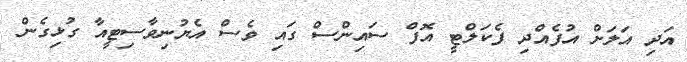
އަދި އަލަށް އުފެއްދި ފެކަލްޓީ އޮފް ސައިންސް ގައި ވެސް އެޔުނިވާސިޓީއާ ގުޅިގެން